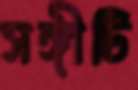
সঙ্গীটি